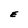
Character: E